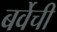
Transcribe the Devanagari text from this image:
बर्वेची